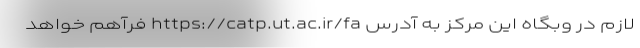
لازم در وبگاه این مرکز به آدرس https://catp.ut.ac.ir/fa فرآهم خواهد